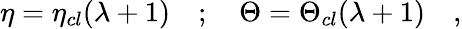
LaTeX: \eta=\eta_{cl}(\lambda+1)\quad;\quad\Theta=\Theta_{cl}(\lambda+1)\quad,